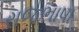
રાજભાષા